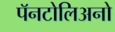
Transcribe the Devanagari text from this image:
पॅनटोलिअनो